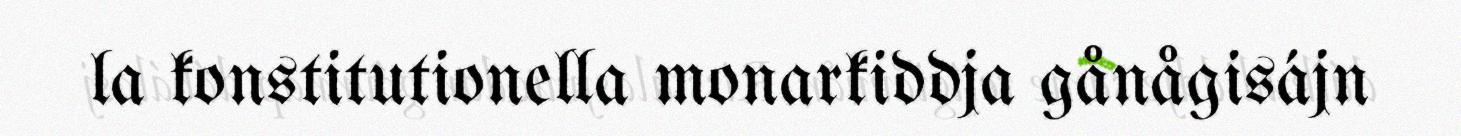
la konstitutionella monarkiddja gånågisájn